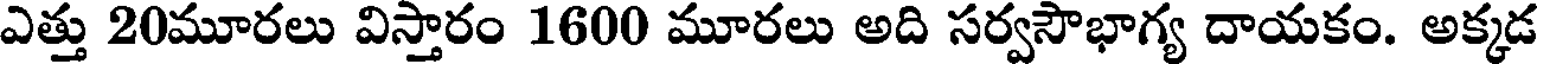
ఎత్తు 20మూరలు విస్తారం 1600 మూరలు అది సర్వసౌభాగ్య దాయకం. అక్కడ